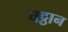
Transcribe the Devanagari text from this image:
चट्ठान